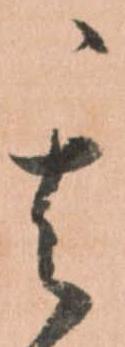
其